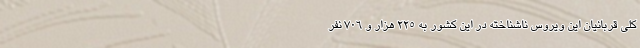
کلی قربانیان این ویروس ناشناخته در این کشور به ۲۲۵ هزار و ۷۰۶ نفر